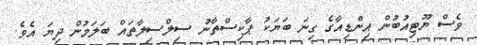
ވެސް ޔޫޓިއުބުން އިންޑިއާގެ ގިނަ ބަޔަކު ޕާކިސްތާނު ސިލްސިލާތައް ބަލަމުން ދިޔަ އެވެ.